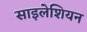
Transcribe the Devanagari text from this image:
साइलेशियन